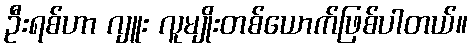
ဦးရစ်ဟာ ဂျူး လူမျိုးတစ်ယောက်ဖြစ်ပါတယ်။